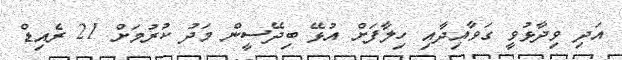
އަދި ވިދާޅުވީ ގަވާއިދާއި ހިލާފަށް އުޅޭ ބިދޭސީން މަދު ކުރުމަށް 21 ރެއިޑް